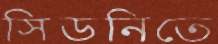
সিডনিতে